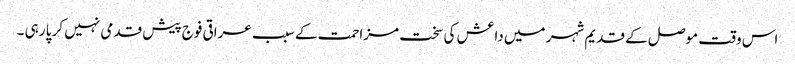
اس وقت موصل کے قدیم شہر میں داعش کی سخت مزاحمت کے سبب عراقی فوج پیش قدمی نہیں کر پا رہی ۔